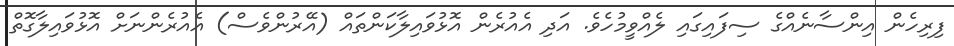
ފިރިހެން އިންސާނެއްގެ ސިފައިގައި ލެއްވީމުހެވެ. އަދި އެއުރެން އޮޅުވައިިލާކަންތައް (އޭރުންވެސް) އެއުރެންނަށް އޮޅުވައިލާގޮތް